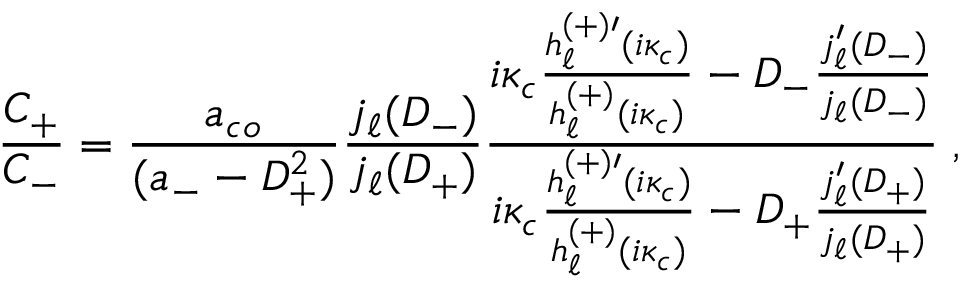
\frac { C _ { + } } { C _ { - } } = \frac { a _ { c o } } { ( a _ { - } - D _ { + } ^ { 2 } ) } \frac { j _ { \ell } ( D _ { - } ) } { j _ { \ell } ( D _ { + } ) } \frac { i \kappa _ { c } \frac { h _ { \ell } ^ { ( + ) \prime } ( i \kappa _ { c } ) } { h _ { \ell } ^ { ( + ) } ( i \kappa _ { c } ) } - D _ { - } \frac { j _ { \ell } ^ { \prime } ( D _ { - } ) } { j _ { \ell } ( D _ { - } ) } } { i \kappa _ { c } \frac { h _ { \ell } ^ { ( + ) \prime } ( i \kappa _ { c } ) } { h _ { \ell } ^ { ( + ) } ( i \kappa _ { c } ) } - D _ { + } \frac { j _ { \ell } ^ { \prime } ( D _ { + } ) } { j _ { \ell } ( D _ { + } ) } } \; ,